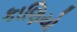
કાણિયો